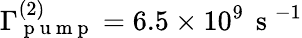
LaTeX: \Gamma_{\mathrm{~p~u~m~p~}}^{(2)}=6.5\times 10^{9}\, \mathrm{~s~}^{-1}